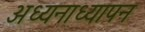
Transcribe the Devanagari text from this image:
अध्यनाध्यापन